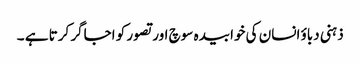
ذہنی دباؤ انسان کی خوابیدہ سوچ اور تصور کو اجاگر کرتا ہے ۔